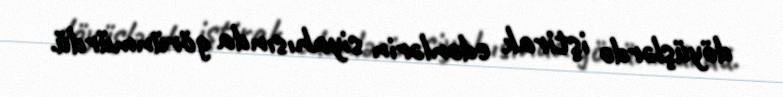
döyüşlərdə iştirak edənlərin siyahısında görünmürdü.